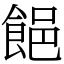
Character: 䭂